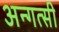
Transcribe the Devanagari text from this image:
अन्गत्सी